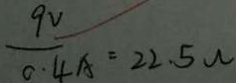
\frac { 9 V } { 0 . 4 A } = 2 2 . 5 w